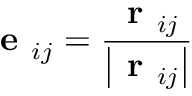
\textbf { e } _ { i j } = \frac { \textbf { r } _ { i j } } { \left| \textbf { r } _ { i j } \right| }